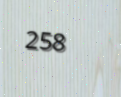
258